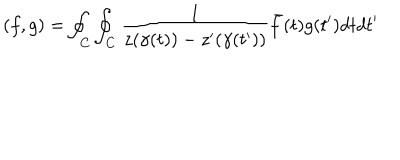
\left( f , g \right) = \oint _ { C } \oint _ { C } \frac { 1 } { z ( \gamma ( t ) ) - z ^ { \prime } ( \gamma ( t ^ { \prime } ) ) } \bar { f } ( t ) g ( t ^ { \prime } ) d t d t ^ { \prime }